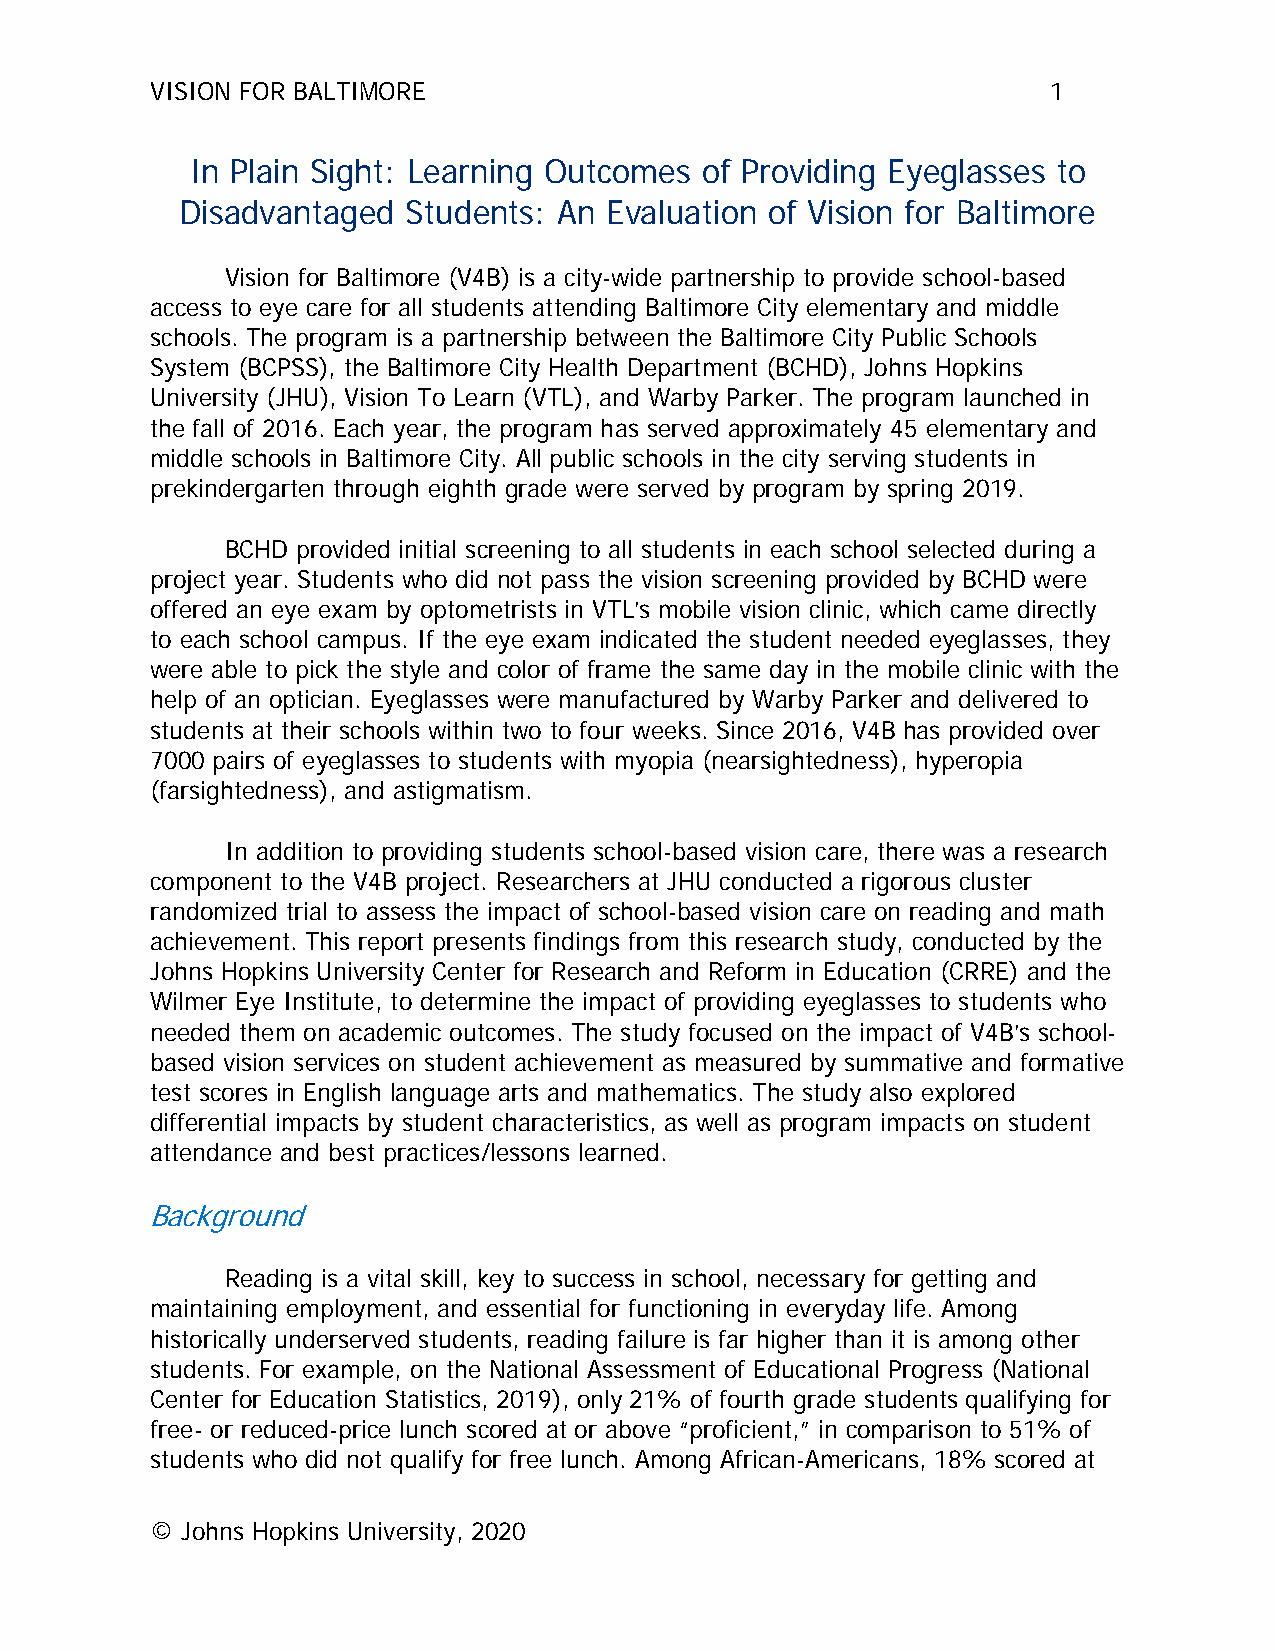
VISION FOR BALTIMORE                                        1
 In Plain Sight: Learning Outcomes of Providing Eyeglasses to
 Disadvantaged  Students: An Evaluation of Vision for Baltimore
 Vision for Baltimore (V4B) is a city-wide partnership to provide school-based
 access to eye care for all students attending Baltimore City elementary and middle
 schools. The program is a partnership between the Baltimore City Public Schools
 System (BCPSS), the Baltimore City Health Department (BCHD), Johns Hopkins
 University (JHU), Vision To Learn (VTL), and Warby Parker. The program launched in
 the fall of 2016. Each year, the program has served approximately 45 elementary and
 middle schools in Baltimore City. All public schools in the city serving students in
 prekindergarten through eighth grade were served by program by spring 2019.
 BCHD provided initial screening to all students in each school selected during a
 project year. Students who did not pass the vision screening provided by BCHD were
 offered an eye exam by optometrists in VTL’s mobile vision clinic, which came directly
 to each school campus. If the eye exam indicated the student needed eyeglasses, they
 were able to pick the style and color of frame the same day in the mobile clinic with the
 help of an optician. Eyeglasses were manufactured by Warby Parker and delivered to
 students at their schools within two to four weeks. Since 2016, V4B has provided over
 7000 pairs of eyeglasses to students with myopia (nearsightedness), hyperopia
 (farsightedness), and astigmatism.
 In addition to providing students school-based vision care, there was a research
 component to the V4B project. Researchers at JHU conducted a rigorous cluster
 randomized trial to assess the impact of school-based vision care on reading and math
 achievement. This report presents findings from this research study, conducted by the
 Johns Hopkins University Center for Research and Reform in Education (CRRE) and the
 Wilmer Eye Institute, to determine the impact of providing eyeglasses to students who
 needed them on academic outcomes. The study focused on the impact of V4B’s school-
 based vision services on student achievement as measured by summative and formative
 test scores in English language arts and mathematics. The study also explored
 differential impacts by student characteristics, as well as program impacts on student
 attendance and best practices/lessons learned.
 Background
 Reading is a vital skill, key to success in school, necessary for getting and
 maintaining employment, and essential for functioning in everyday life. Among
 historically underserved students, reading failure is far higher than it is among other
 students. For example, on the National Assessment of Educational Progress (National
 Center for Education Statistics, 2019), only 21% of fourth grade students qualifying for
 free- or reduced-price lunch scored at or above “proficient,” in comparison to 51% of
 students who did not qualify for free lunch. Among African-Americans, 18% scored at
 © Johns Hopkins University, 2020